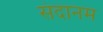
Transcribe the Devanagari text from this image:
संदानम